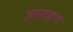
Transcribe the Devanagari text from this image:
ज्ञानग्रहण